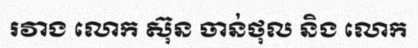
រវាង លោក ស៊ុន ចាន់ថុល និង លោក